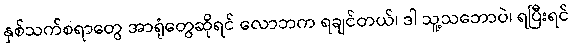
နှစ်သက်စရာတွေ အာရုံတွေဆိုရင် လောဘက ရချင်တယ်၊ ဒါ သူ့သဘောပဲ၊ ရပြီးရင်